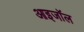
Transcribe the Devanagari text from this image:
आइजॉल